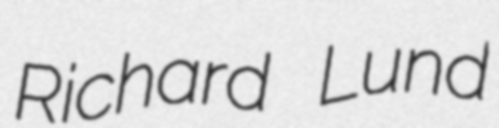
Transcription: Richard Lund